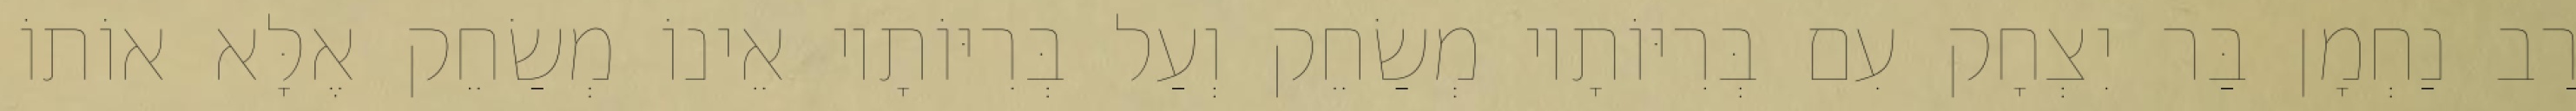
רַב נַחְמָן בַּר יִצְחָק עִם בְּרִיּוֹתָיו מְשַׂחֵק וְעַל בְּרִיּוֹתָיו אֵינוֹ מְשַׂחֵק אֶלָּא אוֹתוֹ